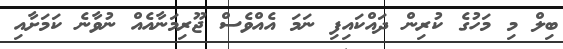
ބިލް މި މަހުގެ ކުރިން ދައްކައިފި ނަމަ އެއްވެސް ޖޫރިމަނާއެއް ނުވާނެ ކަމަށާއި